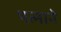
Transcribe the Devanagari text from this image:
पत्‍नाने